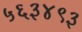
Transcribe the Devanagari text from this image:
५६३४९३